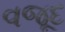
વજૂદ